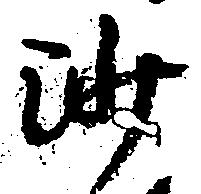
沙